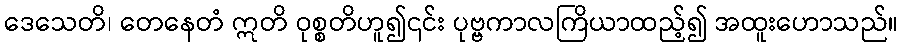
ဒေသေတိ၊ တေနေတံ ဣတိ ဝုစ္စတိဟူ၍၎င်း ပုဗ္ဗကာလကြိယာထည့်၍ အထူးဟောသည်။